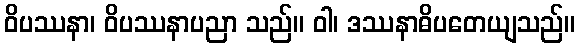
ဝိပဿနာ၊ ဝိပဿနာပညာ သည်။ ဝါ၊ ဒဿနာဓိပတေယျသည်။